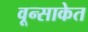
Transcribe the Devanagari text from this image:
वून्साकेत